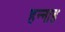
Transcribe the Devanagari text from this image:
हन्नाह